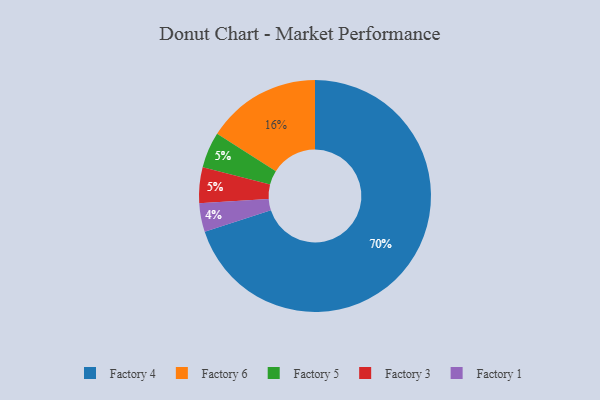
{"axis": {"x": "Category", "y": "Percentage"}, "legend": ["Factory 1", "Factory 3", "Factory 4", "Factory 5", "Factory 6"], "data": [{"x": "Factory 6", "y": 16, "type": "Factory 6"}, {"x": "Factory 4", "y": 70, "type": "Factory 4"}, {"x": "Factory 5", "y": 5, "type": "Factory 5"}, {"x": "Factory 3", "y": 5, "type": "Factory 3"}, {"x": "Factory 1", "y": 4, "type": "Factory 1"}]}